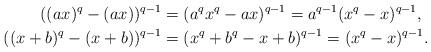
LaTeX: \begin{align*}((ax)^{q}-(ax))^{q-1} & =(a^{q}x^{q}-ax)^{q-1}=a^{q-1}(x^{q}-x)^{q-1},\\((x+b)^{q}-(x+b))^{q-1} & =(x^{q}+b^{q}-x+b)^{q-1}=(x^{q}-x)^{q-1}.\end{align*}